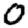
Digit: 0